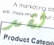
لقد